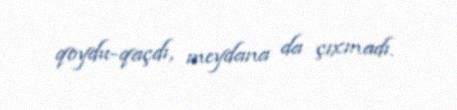
qoydu-qaçdı, meydana da çıxmadı.